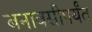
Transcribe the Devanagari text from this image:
बनावसीपर्यंत